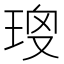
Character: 𤥱